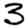
Digit: 3